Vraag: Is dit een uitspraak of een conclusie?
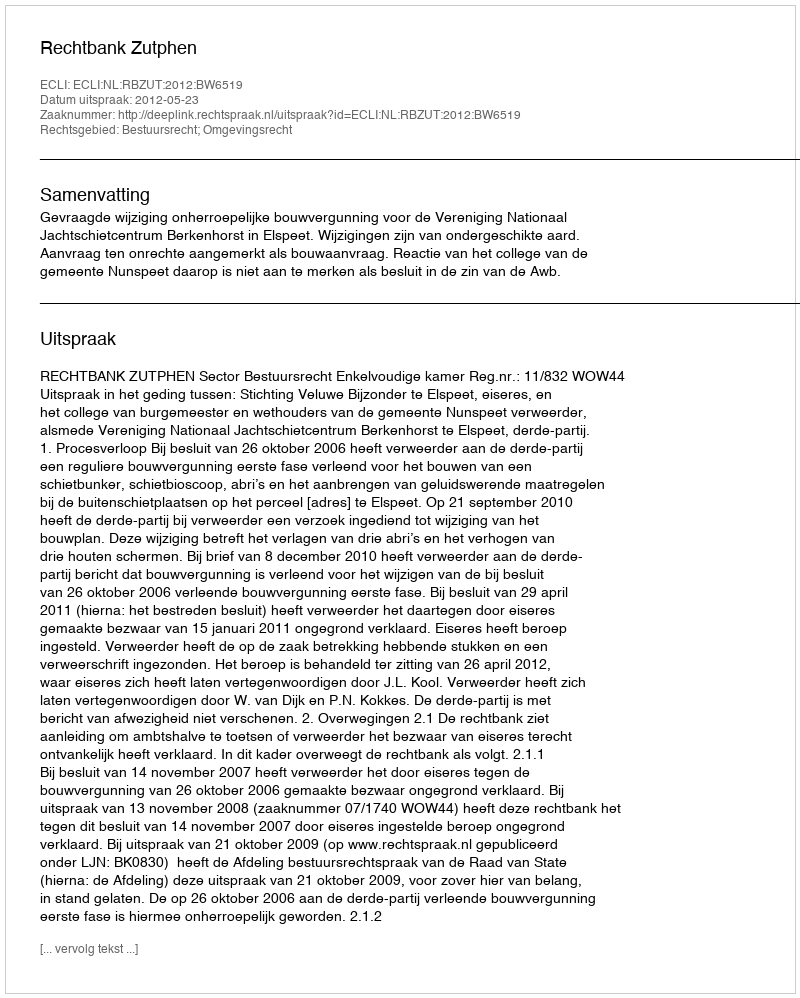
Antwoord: Uitspraak